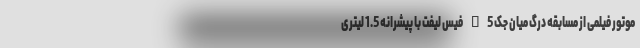
موتور فیلمی از مسابقه درگ میان جک S5 فیس لیفت با پیشرانه 1.5 لیتری